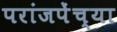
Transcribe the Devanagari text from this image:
परांजपेंच्या